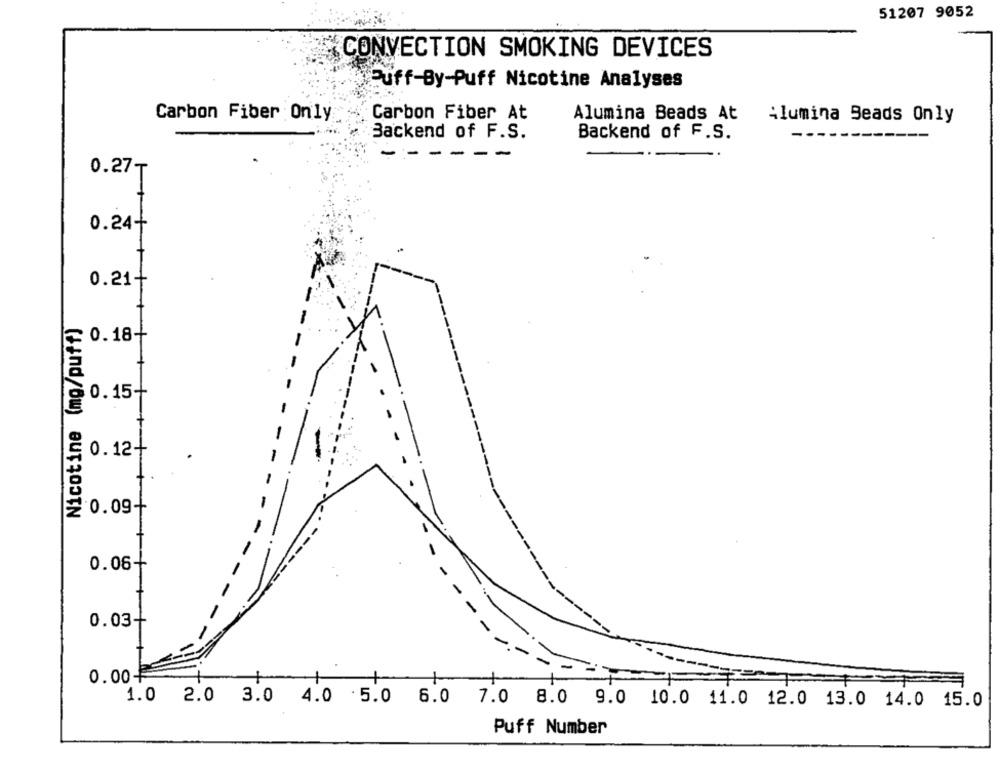
51207 9052
{CONVECTION SMOKING DEVICES
Puff-By-Puff Nicotine Analyses
Carbon Fiber Only
Carbon Fiber At
Alumina Beads At
Alumina Beads Only
Backend of F.S.
Backend of F.S.
------
0.27₸
0.24+
0.21+
Nicotine (mg/puff)
=0.18+
> 0. 15+
0.12
0.09+
0.06
0.03-
0.00+
1.0 2.0 3.0 4.0 5.0 6.0 7.0 8.0 9.0 10.0 11.0 12.0 13.0 14.0 15.0
Puff Number